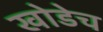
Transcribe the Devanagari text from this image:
खोडेच